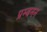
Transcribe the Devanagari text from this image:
प्रम्बनन